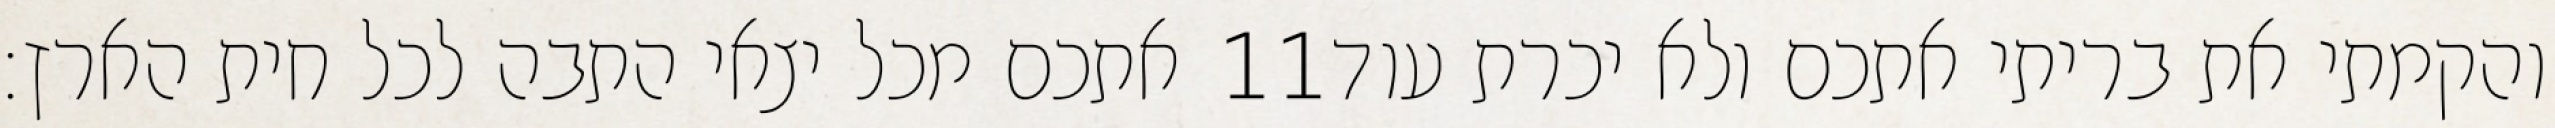
אתכם מכל יצאי התבה לכל חית הארץ׃ ‎11‏ והקמתי את בריתי אתכם ולא יכרת עוד